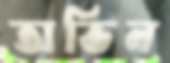
অভিন